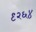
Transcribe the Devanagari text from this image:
९२६४